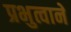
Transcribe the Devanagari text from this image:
प्रभुत्वाने